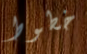
خطوط